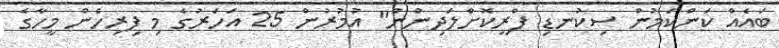
ބައެއް ކަންކަމުން ސިކުނޑި ފްރީކޮށްލަދިނުން" އުމުރުން 25 އަހަރުގެ މި ފިރިހެން މީހާގެ